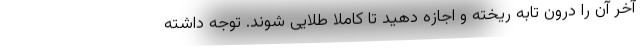
آخر آن را درون تابه ریخته و اجازه دهید تا کاملا طلایی شوند. توجه داشته